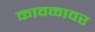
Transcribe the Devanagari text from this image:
कावळावर